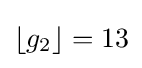
\left\lfloor g_{2}\right\rfloor =13